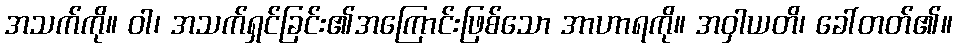
အသက်ကို။ ဝါ၊ အသက်ရှင်ခြင်း၏အကြောင်းဖြစ်သော အာဟာရကို။ အဝှါယတိ၊ ခေါ်တတ်၏။